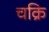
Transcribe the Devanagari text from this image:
चक्रि